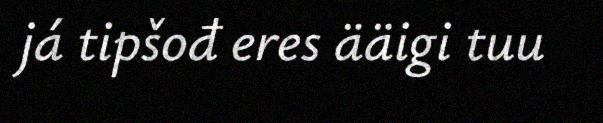
já tipšođ eres ääigi tuu